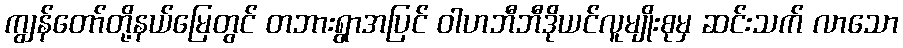
ကျွန်တော်တို့နယ်မြေတွင် တဘားရွာအပြင် ဝါဟဘီဘီဒိုယင်လူမျိုးစုမှ ဆင်းသက် လာသော